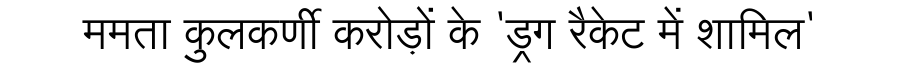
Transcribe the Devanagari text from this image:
ममता कुलकर्णी करोड़ों के 'ड्रग रैकेट में शामिल'